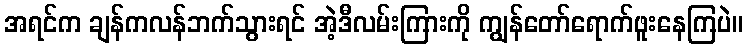
အရင်က ချန်ကလန်ဘက်သွားရင် အဲ့ဒီလမ်းကြားကို ကျွန်တော်ရောက်ဖူးနေကြပဲ။